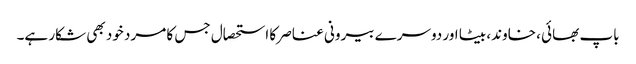
باپ بھائی ، خاوند، بیٹا اور دوسرے بیرونی عناصر کا استحصال جس کا مرد خود بھی شکار ہے۔